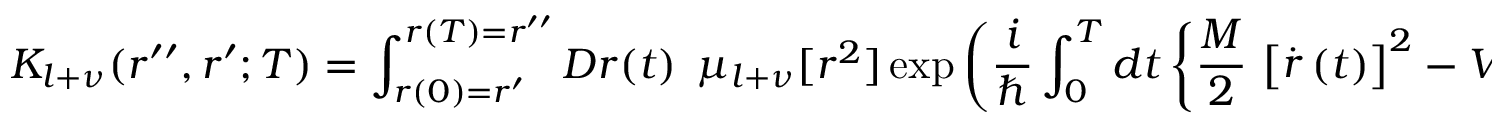
K _ { l + \nu } ( r ^ { \prime \prime } , r ^ { \prime } ; T ) = \int _ { r ( 0 ) = r ^ { \prime } } ^ { r ( T ) = r ^ { \prime \prime } } { \cal D } r ( t ) \, \; \mu _ { l + \nu } [ r ^ { 2 } ] \exp \left( \frac { i } { \hbar } \int _ { 0 } ^ { T } d t \left\{ \frac { M } { 2 } \, \left[ \stackrel { . } { r } ( t ) \right] ^ { 2 } - V ( r ( t ) ) \right\} \right) \;